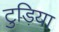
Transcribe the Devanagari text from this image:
टुड़िया